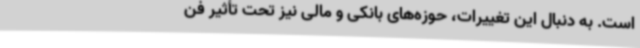
است. به دنبال این تغییرات، حوزه‌های بانکی و مالی نیز تحت تأثیر فن